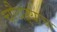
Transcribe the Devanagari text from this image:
चौथऱ्याचा